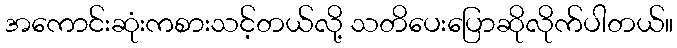
အကောင်းဆုံးကစားသင့်တယ်လို့ သတိပေးပြောဆိုလိုက်ပါတယ်။